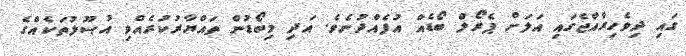
ގައި ދިވެހިރާއްޖެގައި އަލަށް ޕެރޯލް ބޯޑެއް އުފެއްދުނެވެ. އަދި މިބޯޑުން ތައްޔާރުކުރެއްވި އުޞޫލުތަކެއްގެ